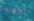
تحولوا